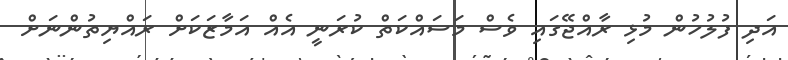
އަދި ފުލުހުން މުޅި ރާއްޖޭގައި ވެސް މަސައްކަތް ކުރަނީ އެއް އަމާޒަކަށް ރައްޔިތުންނަށް